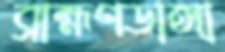
ব্রাহ্মণডাঙ্গা